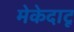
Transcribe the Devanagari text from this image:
मेकेदाटू